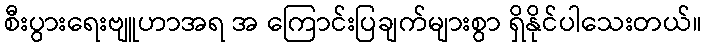
စီးပွားရေးဗျူဟာအရ အ ကြောင်းပြချက်များစွာ ရှိနိုင်ပါသေးတယ်။